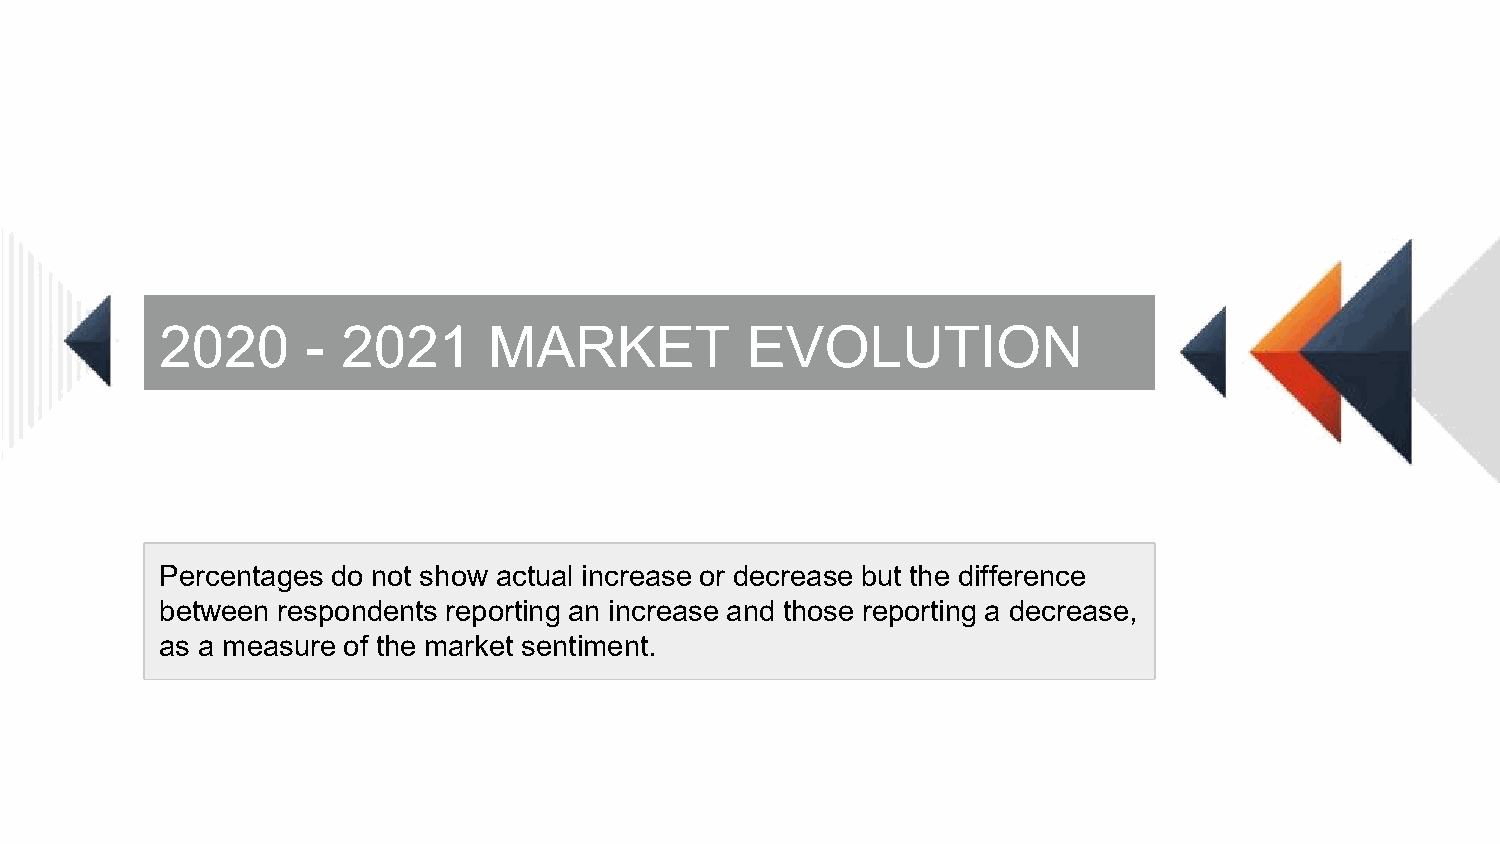
2020     -  2021     MARKET           EVOLUTION
 Percentages do not show actual increase or decrease but the difference
 between respondents reporting an increase and those reporting a decrease,
 as a measure of the market sentiment.